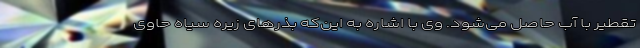
تقطیر با آب حاصل می‌شود. وی با اشاره به این‌که بذرهای زیره سیاه حاوی